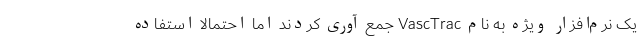
یک نرم‌افزار ویژه به نام VascTrac جمع آوری کردند اما احتمالا استفاده